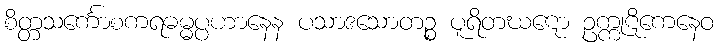
စိတ္တသင်္ကောစကရဓမ္မပ္ပဟာနေန ပသာဒသောတဉ္စ ပူရိတဃဋော ဥက္ကုဋိကေနေဝ